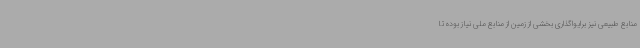
منابع طبیعی نیز برایواگذاری بخشی از زمین از منابع ملی نیاز بوده تا